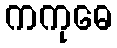
ကကုဓေ